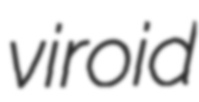
viroid